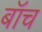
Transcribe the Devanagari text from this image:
बॉच